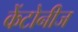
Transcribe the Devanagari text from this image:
केंटोनीज